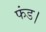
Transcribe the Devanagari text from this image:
फंड।